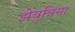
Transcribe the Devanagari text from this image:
झेबुन्निसा